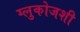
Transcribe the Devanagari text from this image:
ग्लुकोजशी